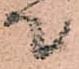
て